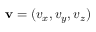
\mathbf { v } = ( v _ { x } , v _ { y } , v _ { z } )